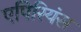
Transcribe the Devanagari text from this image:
एपिरियंस